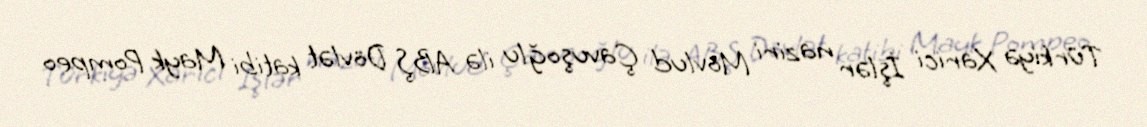
Türkiyə Xarici İşlər naziri Mövlud Çavuşoğlu ilə ABŞ Dövlət katibi Mayk Pompeo